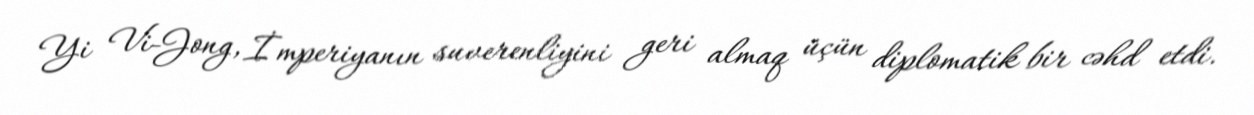
Yi Vi-Jong, İmperiyanın suverenliyini geri almaq üçün diplomatik bir cəhd etdi.